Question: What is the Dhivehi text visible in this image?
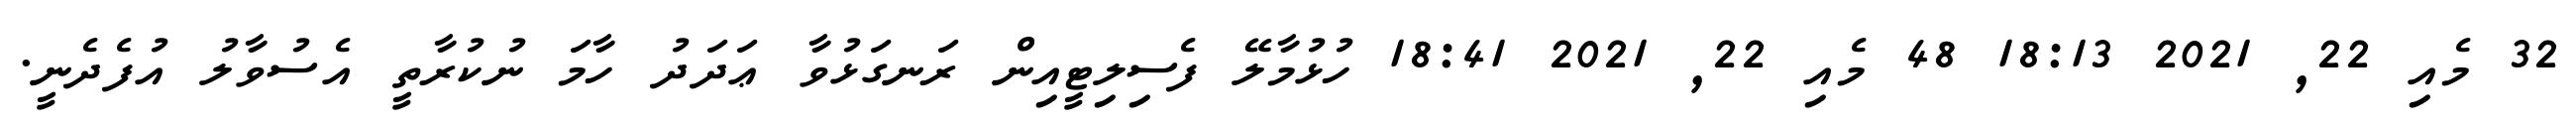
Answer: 32 މެއި 22, 2021 18:13 48 މެއި 22, 2021 18:41 ހުޅުމާލޭ ފެސިލިޓީއިން ރަނގަޅުވާ ޢަދަދު ހާމަ ނުކުރާތީ އެސުވާލު އުފެދެނީ.